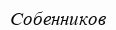
Собенников